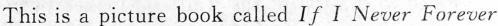
This is a picture book called If I Never Forever